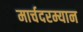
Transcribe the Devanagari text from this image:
मार्चदरम्यान